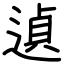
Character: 遉